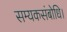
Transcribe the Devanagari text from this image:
सम्यकसंबोधि।